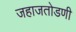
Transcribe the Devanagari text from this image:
जहाजतोडणी